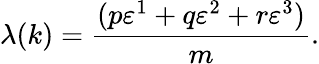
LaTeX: \lambda(k)=\frac{(p\varepsilon^{1}+q\varepsilon^{2}+r\varepsilon^{3})}{m}.